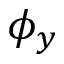
\phi _ { y }